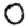
Digit: 0